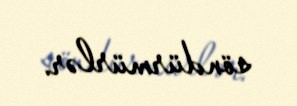
söndürmürlər.